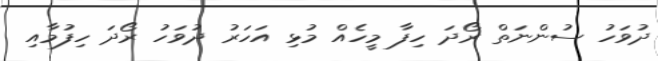
ދުވަހު ސުންނަތް ރޯދަ ހިފާ މީހެއް މުޅި އަހަރު ދުވަހު ރޯދަ ހިފުމާއި